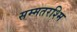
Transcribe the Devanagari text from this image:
सम्मतरश्मि